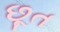
છૂત